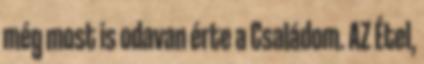
még most is odavan érte a Családom. AZ Étel,